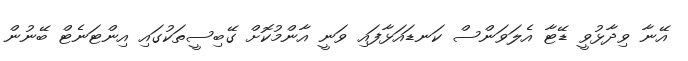
އޭނާ ވިދާޅުވީ ޑޭޓާ އެލަވަންސް ކަނޑައަޅާފައި ވަނީ އާންމުކޮށް ގޭބިސީތަކުގައި އިންޓަނެޓް ބޭނުން